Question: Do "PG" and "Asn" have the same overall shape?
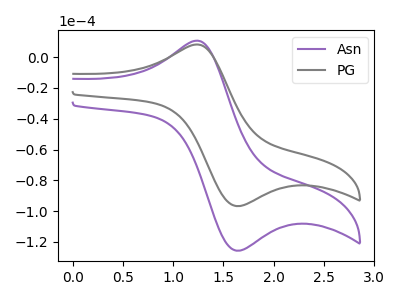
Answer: <think>The purple curve "Asn" has an anodic peak at (1.20V, 10.70uA) and a cathodic peak at (1.65V, -125.75uA). The gray curve "PG" has an anodic peak at (1.20V, 8.25uA) and a cathodic peak at (1.65V, -96.75uA).
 All the peaks in "PG" have a peak in "Asn" at the same potential. Every peak in "PG" is lower than every peak in "Asn".</think>
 <answer>"PG" and "Asn" are similar in shape.</answer>
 <eval>same_shape</eval>